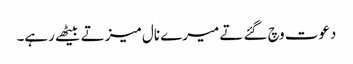
دعوت وچ گئے تے میرے نال میز تے بیٹھے رہے۔